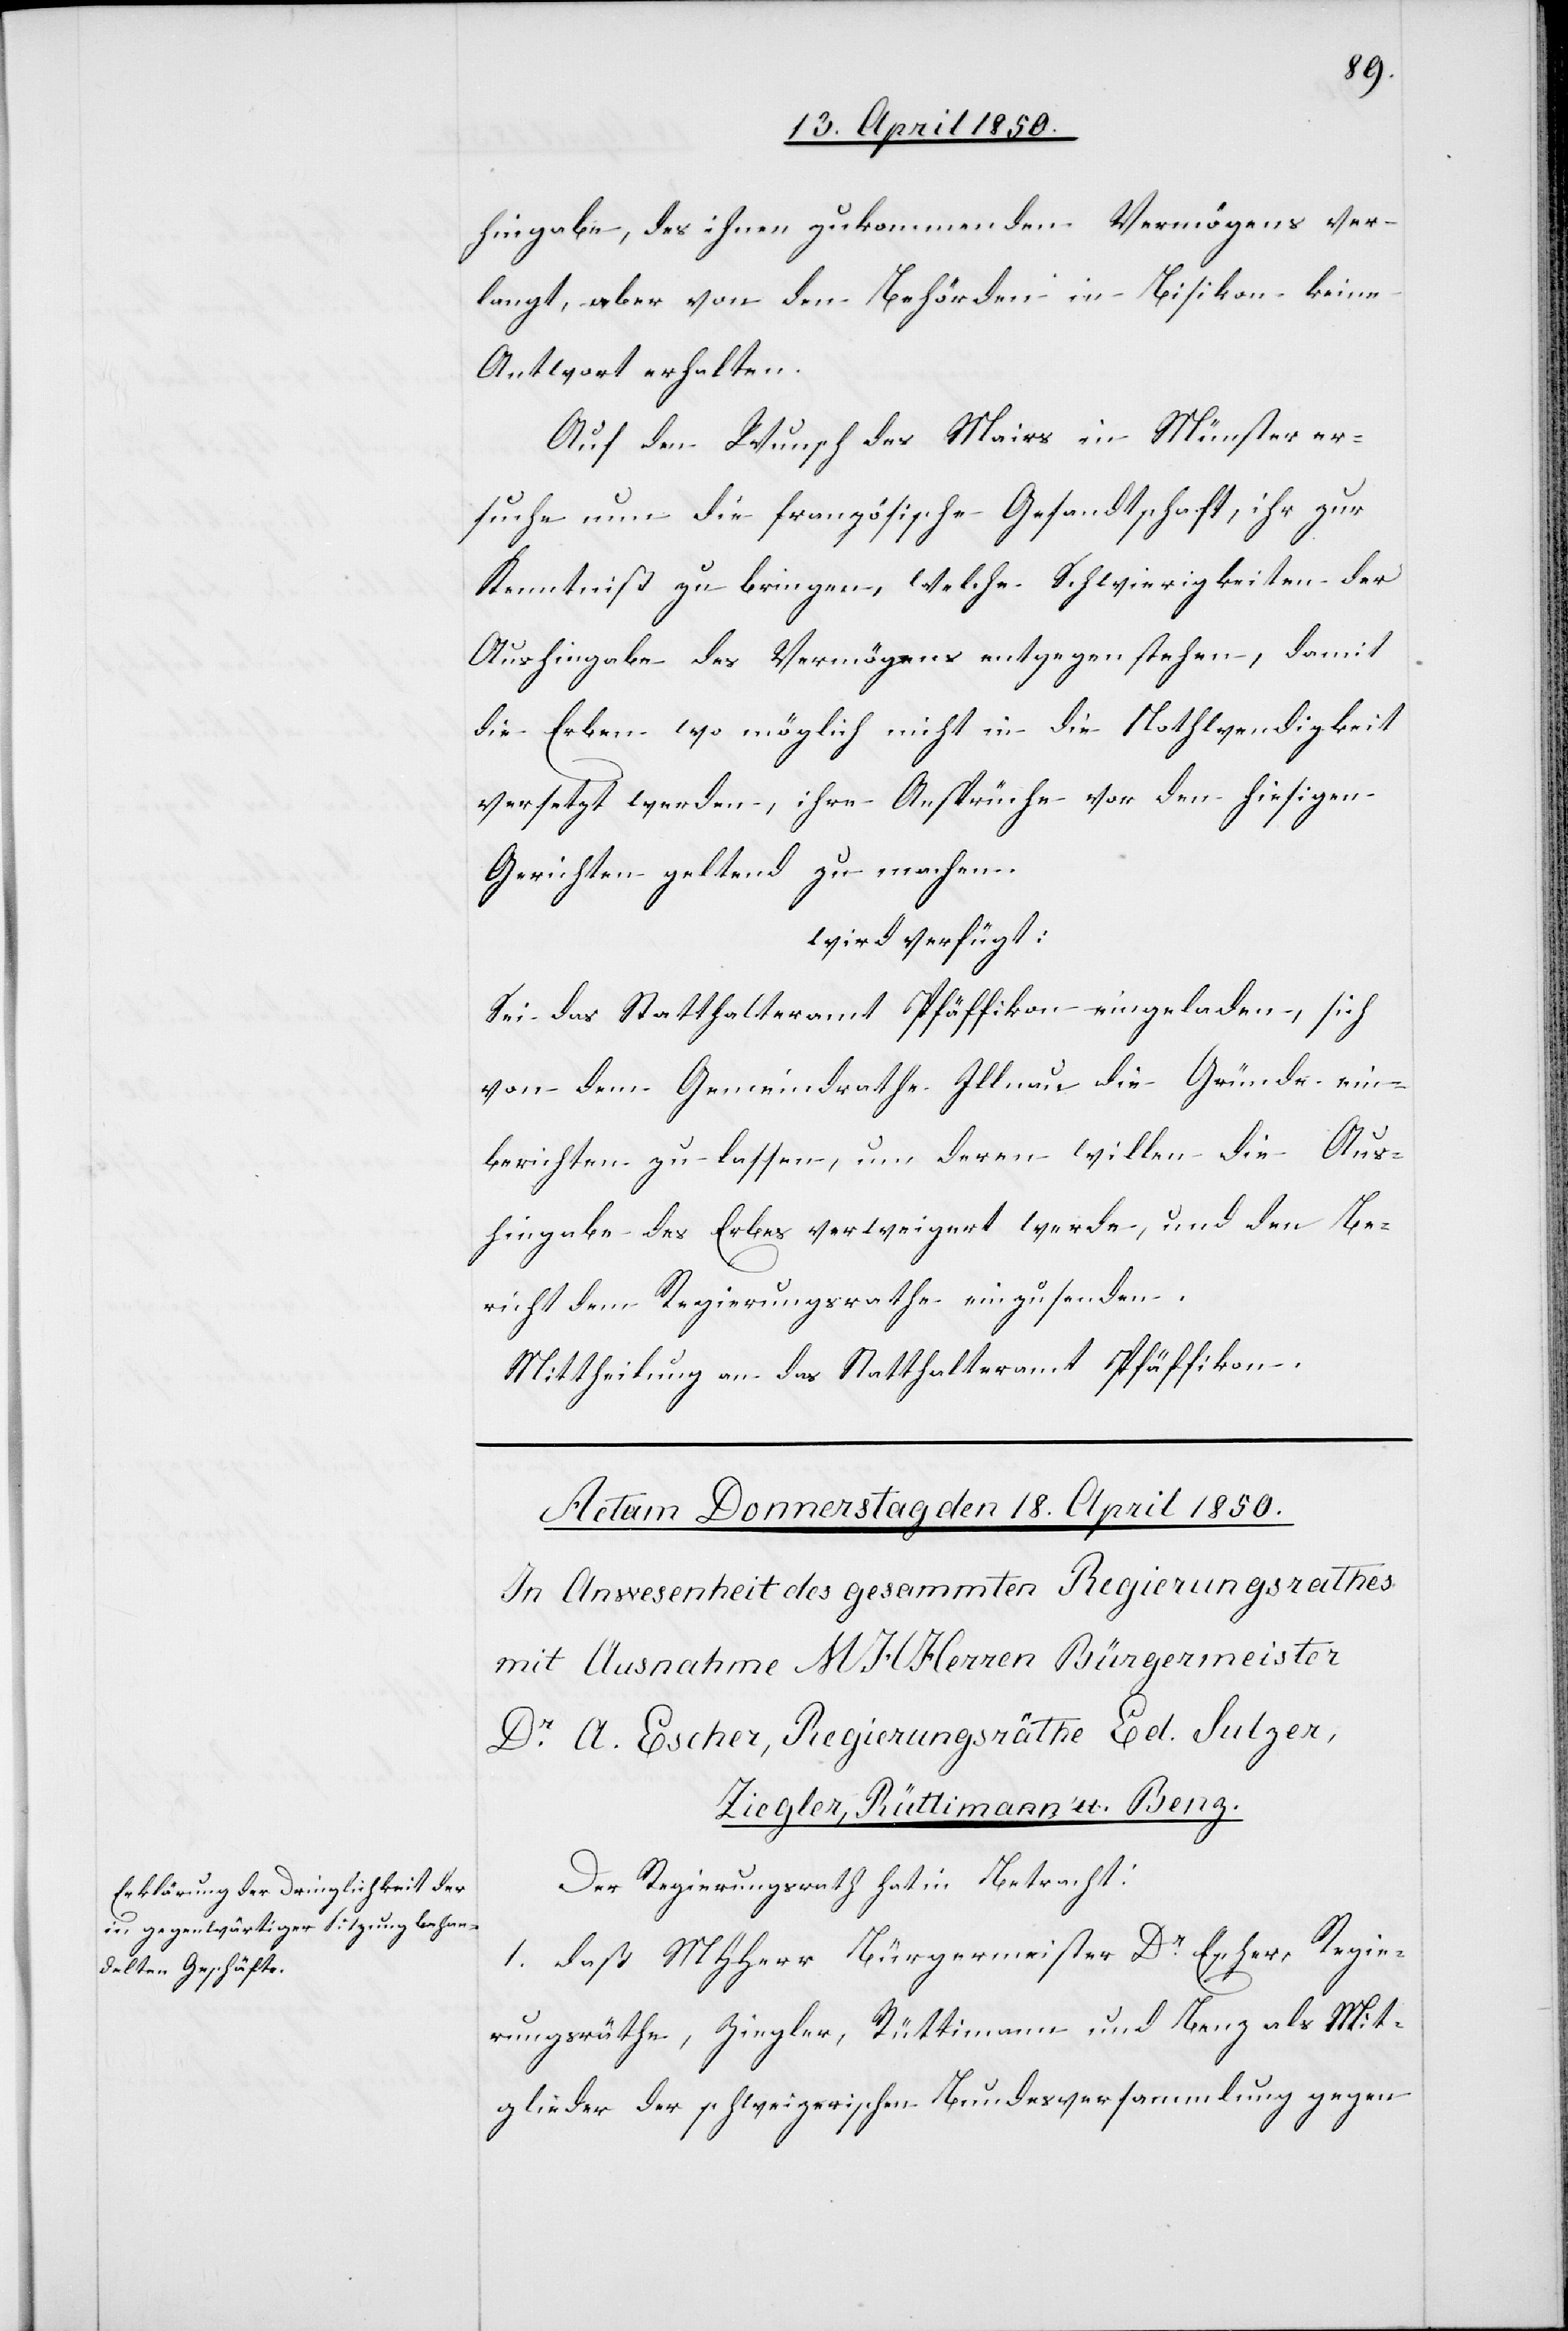
hingabe, des ihnen zukommenden Vermögens ver¬
langt, aber von den Behörden in Bisikon keine
Antwort erhalten.
Auf den Wunsch des Mairs in Münster er¬
suche nun die französische Gesandtschaft, ihr zur
Kenntniß zu bringen, welche Schwierigkeiten der
Aushingabe des Vermögens entgegen stehen, damit
die Erben wo möglich nicht in die Nothwendigkeit
versetzt werden, ihre Ansprüche vor den hiesigen
Gerichten geltend zu machen.
wird verfügt:
Sei das Statthalteramt Pfäffikon eingeladen, sich
von dem Gemeindrathe Illnau die Gründe ein¬
berichten zu lassen, um deren willen die Aus¬
hingabe des Erbes verweigert werde, und den Be¬
richt dem Regierungsrathe einzusenden.
Mittheilung an das Statthalteramt Pfäffikon.
Der Regierungsrath hat in Betracht:
1. daß MHHerr Bürgermeister Dr Escher, Regie¬
rungsräthe, Ziegler, Rüttimann und Benz als Mit¬
glieder der schweizerischen Bundesversammlung gegen-